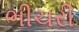
ભીચરી